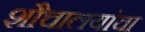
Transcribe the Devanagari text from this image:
शौचालयांचा